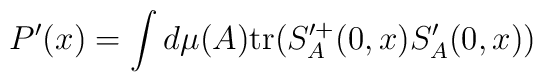
P'(x) = \int d\mu(A)  {\rm tr}(S'^+_A(0,x) S'_A(0,x))